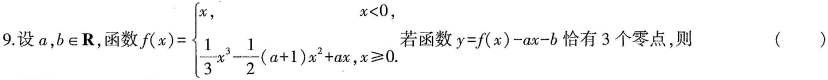
9.设a,b∈R,$$函 数 f ( x ) = \begin {cases} x , x < 0 \frac { 1 } { 3 } x ^ { 3 } - \frac { 1 } { 2 } ( a + 1 ) x ^ { 2 } + a x ，x ≥ 0 . \end {cases}$$若函数$$y=f(x)-ax-b恰有3个零点，则 （）